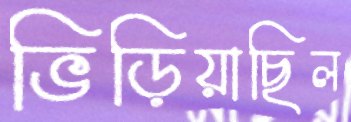
ভিড়িয়াছিল